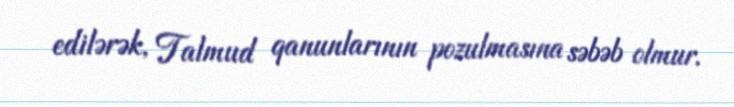
edilərək, Talmud qanunlarının pozulmasına səbəb olmur.